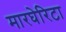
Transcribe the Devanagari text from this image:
मारघेरिटा